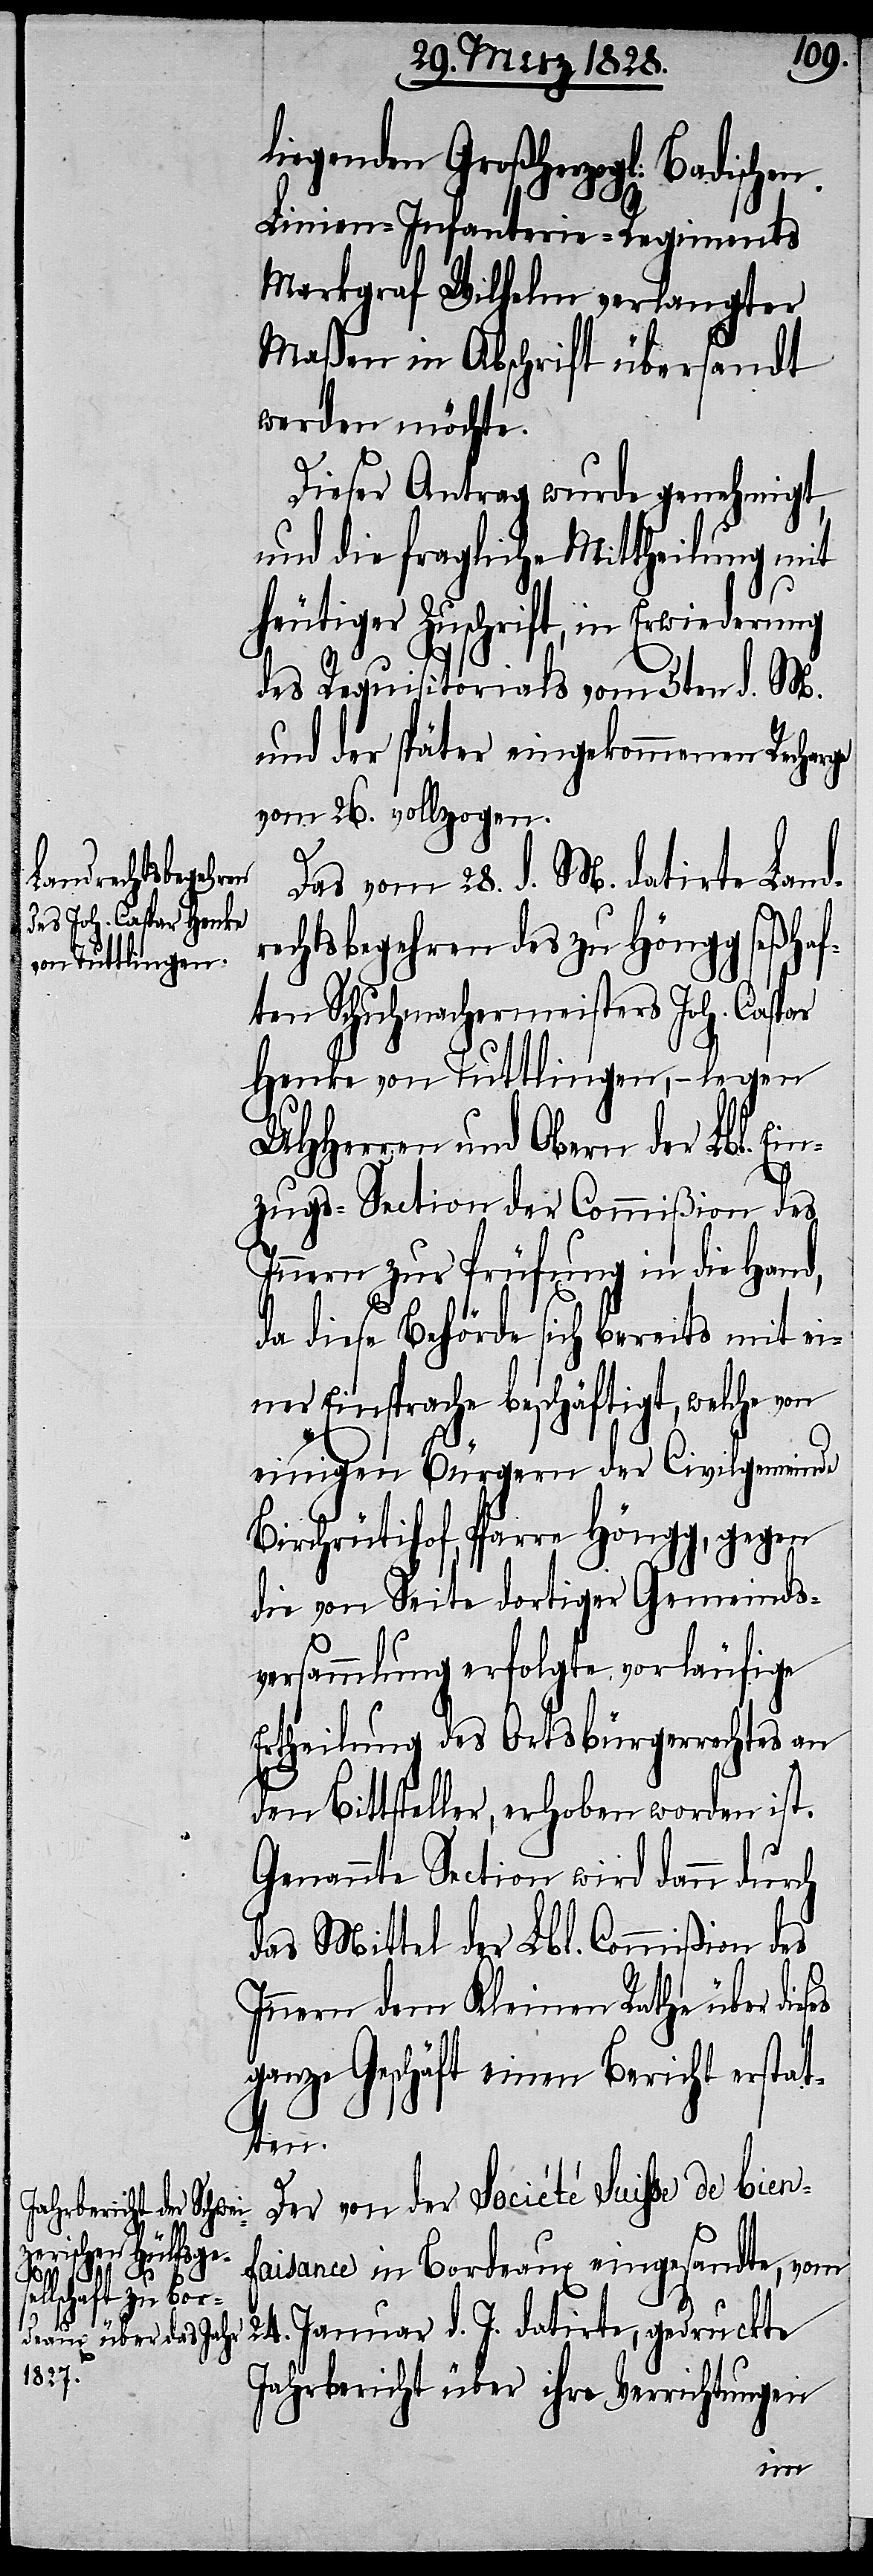
li¬
ses

egenden Großherzogl: Badischen
Linien-Infanterie-Regiments
Markgraf Wilhelm verlangter
Maßen in Abschrift übersandt
werden möchte.
Dieser Antrag wurde genehmigt,
und die fragliche Mittheilung mit
heutiger Zuschrift, in Erwiederung
des Requisitorials vom 5ten d. M.
und der später eingekommenen Recharge
vom 26. vollzogen.
Das vom 28. d. M. datirte Land¬
echtsbegehren des zu Höngg seßhaf¬
ten Schuhmachermeisters Joh. Caspar
Henke von Tuttlingen, – legen
UHHerren und Obern der Lbl. Ein¬
zugs-Section der Commißion des
Innern zur Prüfung in die Hand,
da diese Behörde sich bereits mit ei¬
ner Einsprache beschäftigt, welche von
einigen Bürgern der Civilgemeinde
Birchrütihof, Pfarre Höngg, gegen
die von Seite dortiger Gemeinds¬
versammlung erfolgte vorläufige
Ertheilung des Ortsbürgerrechtes an
den Bittsteller, erhoben worden ist.
Genannte Section wird dann durch
das Mittel der Lbl. Commißion des
Innern dem Kleinen Rathe über die¬
ganze Geschäft einen Bericht erstat¬
ten.
Der von der Société de bien¬
faisance in Bordeaux eingesandte, vom
24. Januar d. J. datirte, gedruckte
Jahresbericht über ihre Verrichtungen